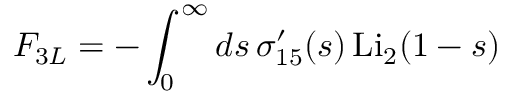
F _ { 3 L } = - \int _ { 0 } ^ { \infty } d s \, \sigma _ { 1 5 } ^ { \prime } ( s ) \, \mathrm { L i } _ { 2 } ( 1 - s )